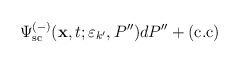
\begin{align*}\Psi _{{\rm sc}}^{(-)}({\bf x},t;\varepsilon _{k^{\prime }},P^{\prime \prime})dP^{\prime \prime }+(\hbox{c.c}) \end{align*}